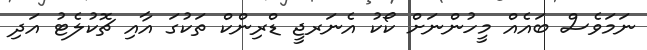
ނަމަވެސް ބައެއް މީހުންނަށް ކޯކު އެނަރޖީ ޑްރިންކް ތަކުގަ އާއި ޗޮކުލެޓު އަދި